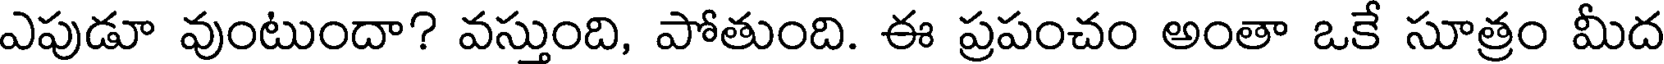
ఎపుడూ వుంటుందా? వస్తుంది, పోతుంది. ఈ ప్రపంచం అంతా ఒకే సూత్రం మీద